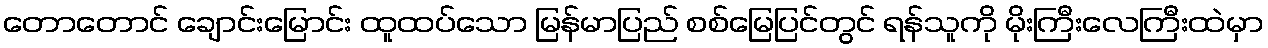
တောတောင် ချောင်းမြောင်း ထူထပ်သော မြန်မာပြည် စစ်မြေပြင်တွင် ရန်သူကို မိုးကြီးလေကြီးထဲမှာ